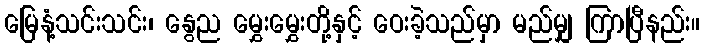
မြေနံ့သင်းသင်း၊ နွေည မွှေးမွှေးတို့နှင့် ဝေးခဲ့သည်မှာ မည်မျှ ကြာပြီနည်း။